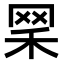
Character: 𦊘